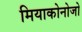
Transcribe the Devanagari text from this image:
मियाकोनोजो